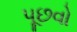
પૂછવો